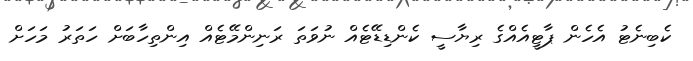
ކެބިނެޓު އެހެން ޕާޓީއެއްގެ ރިޔާސީ ކެންޑިޑޭޓެއް ނުވަތަ ރަނިންމޭޓެއް އިންތިހާބަށް ހަތަރު މަހަށް